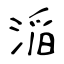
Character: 㴞